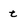
Character: t